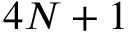
4 N + 1